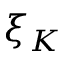
\xi _ { K }